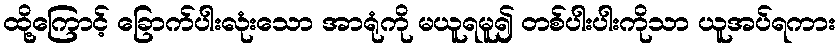
ထို့ကြောင့် ခြောက်ပါးလုံးသော အာရုံကို မယူရမူ၍ တစ်ပါးပါးကိုသာ ယူအပ်ရကား